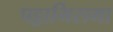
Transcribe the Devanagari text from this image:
पट्टाभिरामा